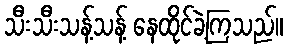
သီးသီးသန့်သန့် နေထိုင်ခဲ့ကြသည်။